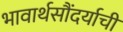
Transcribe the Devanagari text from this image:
भावार्थसौंदर्याची